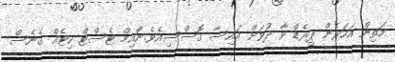
މަތިން އަހަރެން ޕީރެޑް ވާ ދުވަށް އައިސާ ގޮސްސިއެވެ.ނަަާއިމް ޓެސްޓް ކިޓެއް ގެނެސް